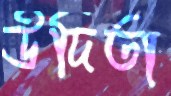
উদিতা